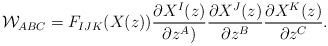
\begin{align*}{\cal W}_{ABC} = F_{IJK}(X(z)) \frac{\partial X^{I}(z)}{\partial z^{A})}\frac{\partial X^J(z)}{\partial z^{B}} \frac{\partial X^{K}(z)}{\partial z^{C}}.\end{align*}